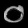
Digit: ၀